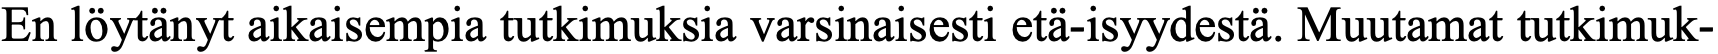
En löytänyt aikaisempia tutkimuksia varsinaisesti etä-isyydestä. Muutamat tutkimuk-